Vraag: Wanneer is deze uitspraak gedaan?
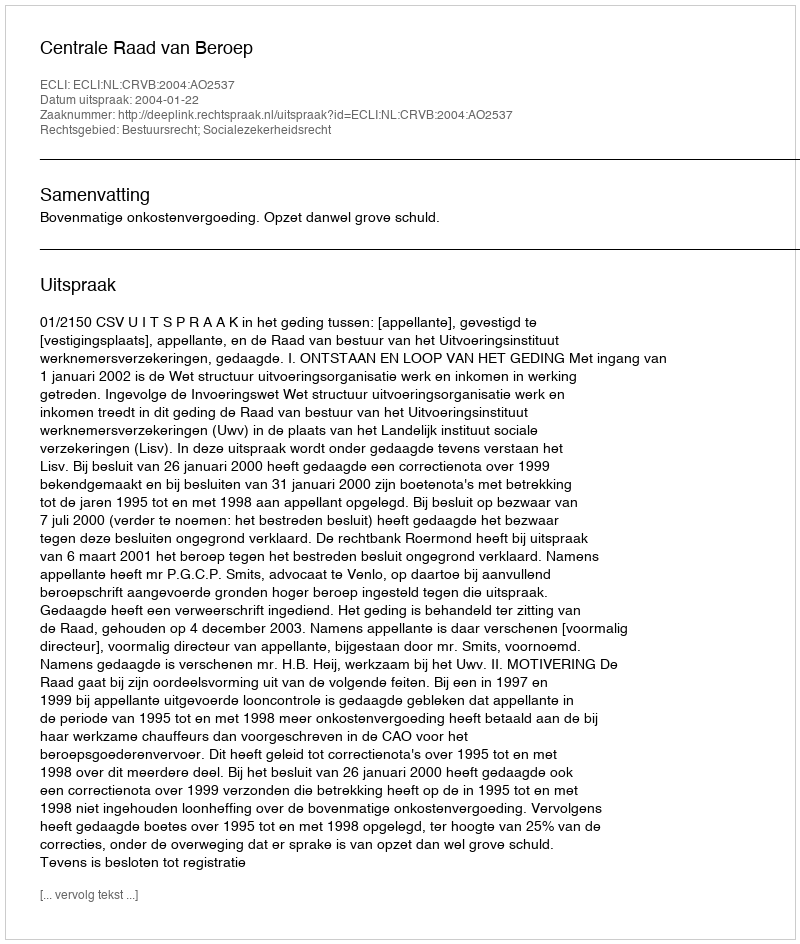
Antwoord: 2004-01-22